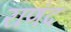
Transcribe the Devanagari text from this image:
राणंद